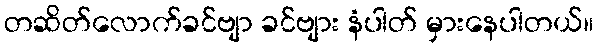
တဆိတ်လောက်ခင်ဗျာ ခင်ဗျား နံပါတ် မှားနေပါတယ်။